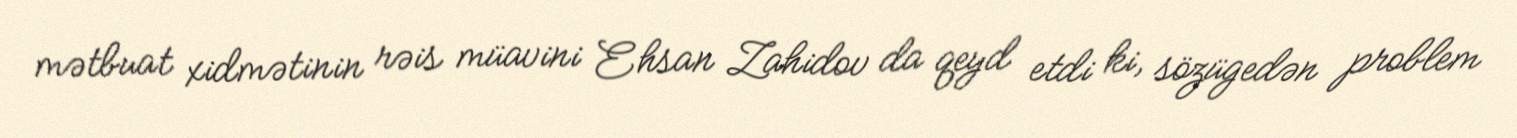
mətbuat xidmətinin rəis müavini Ehsan Zahidov da qeyd etdi ki, sözügedən problem